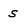
Character: s